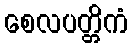
စေလပတ္တိကံ